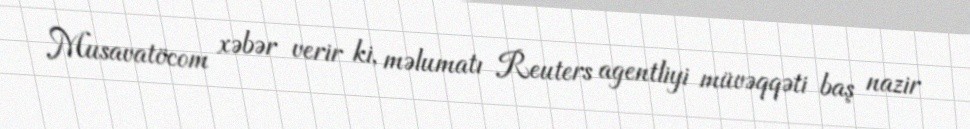
Musavatöcom xəbər verir ki, məlumatı Reuters agentliyi müvəqqəti baş nazir